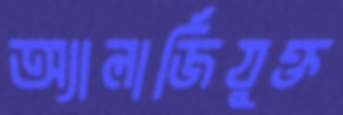
অ্যালার্জিযুক্ত